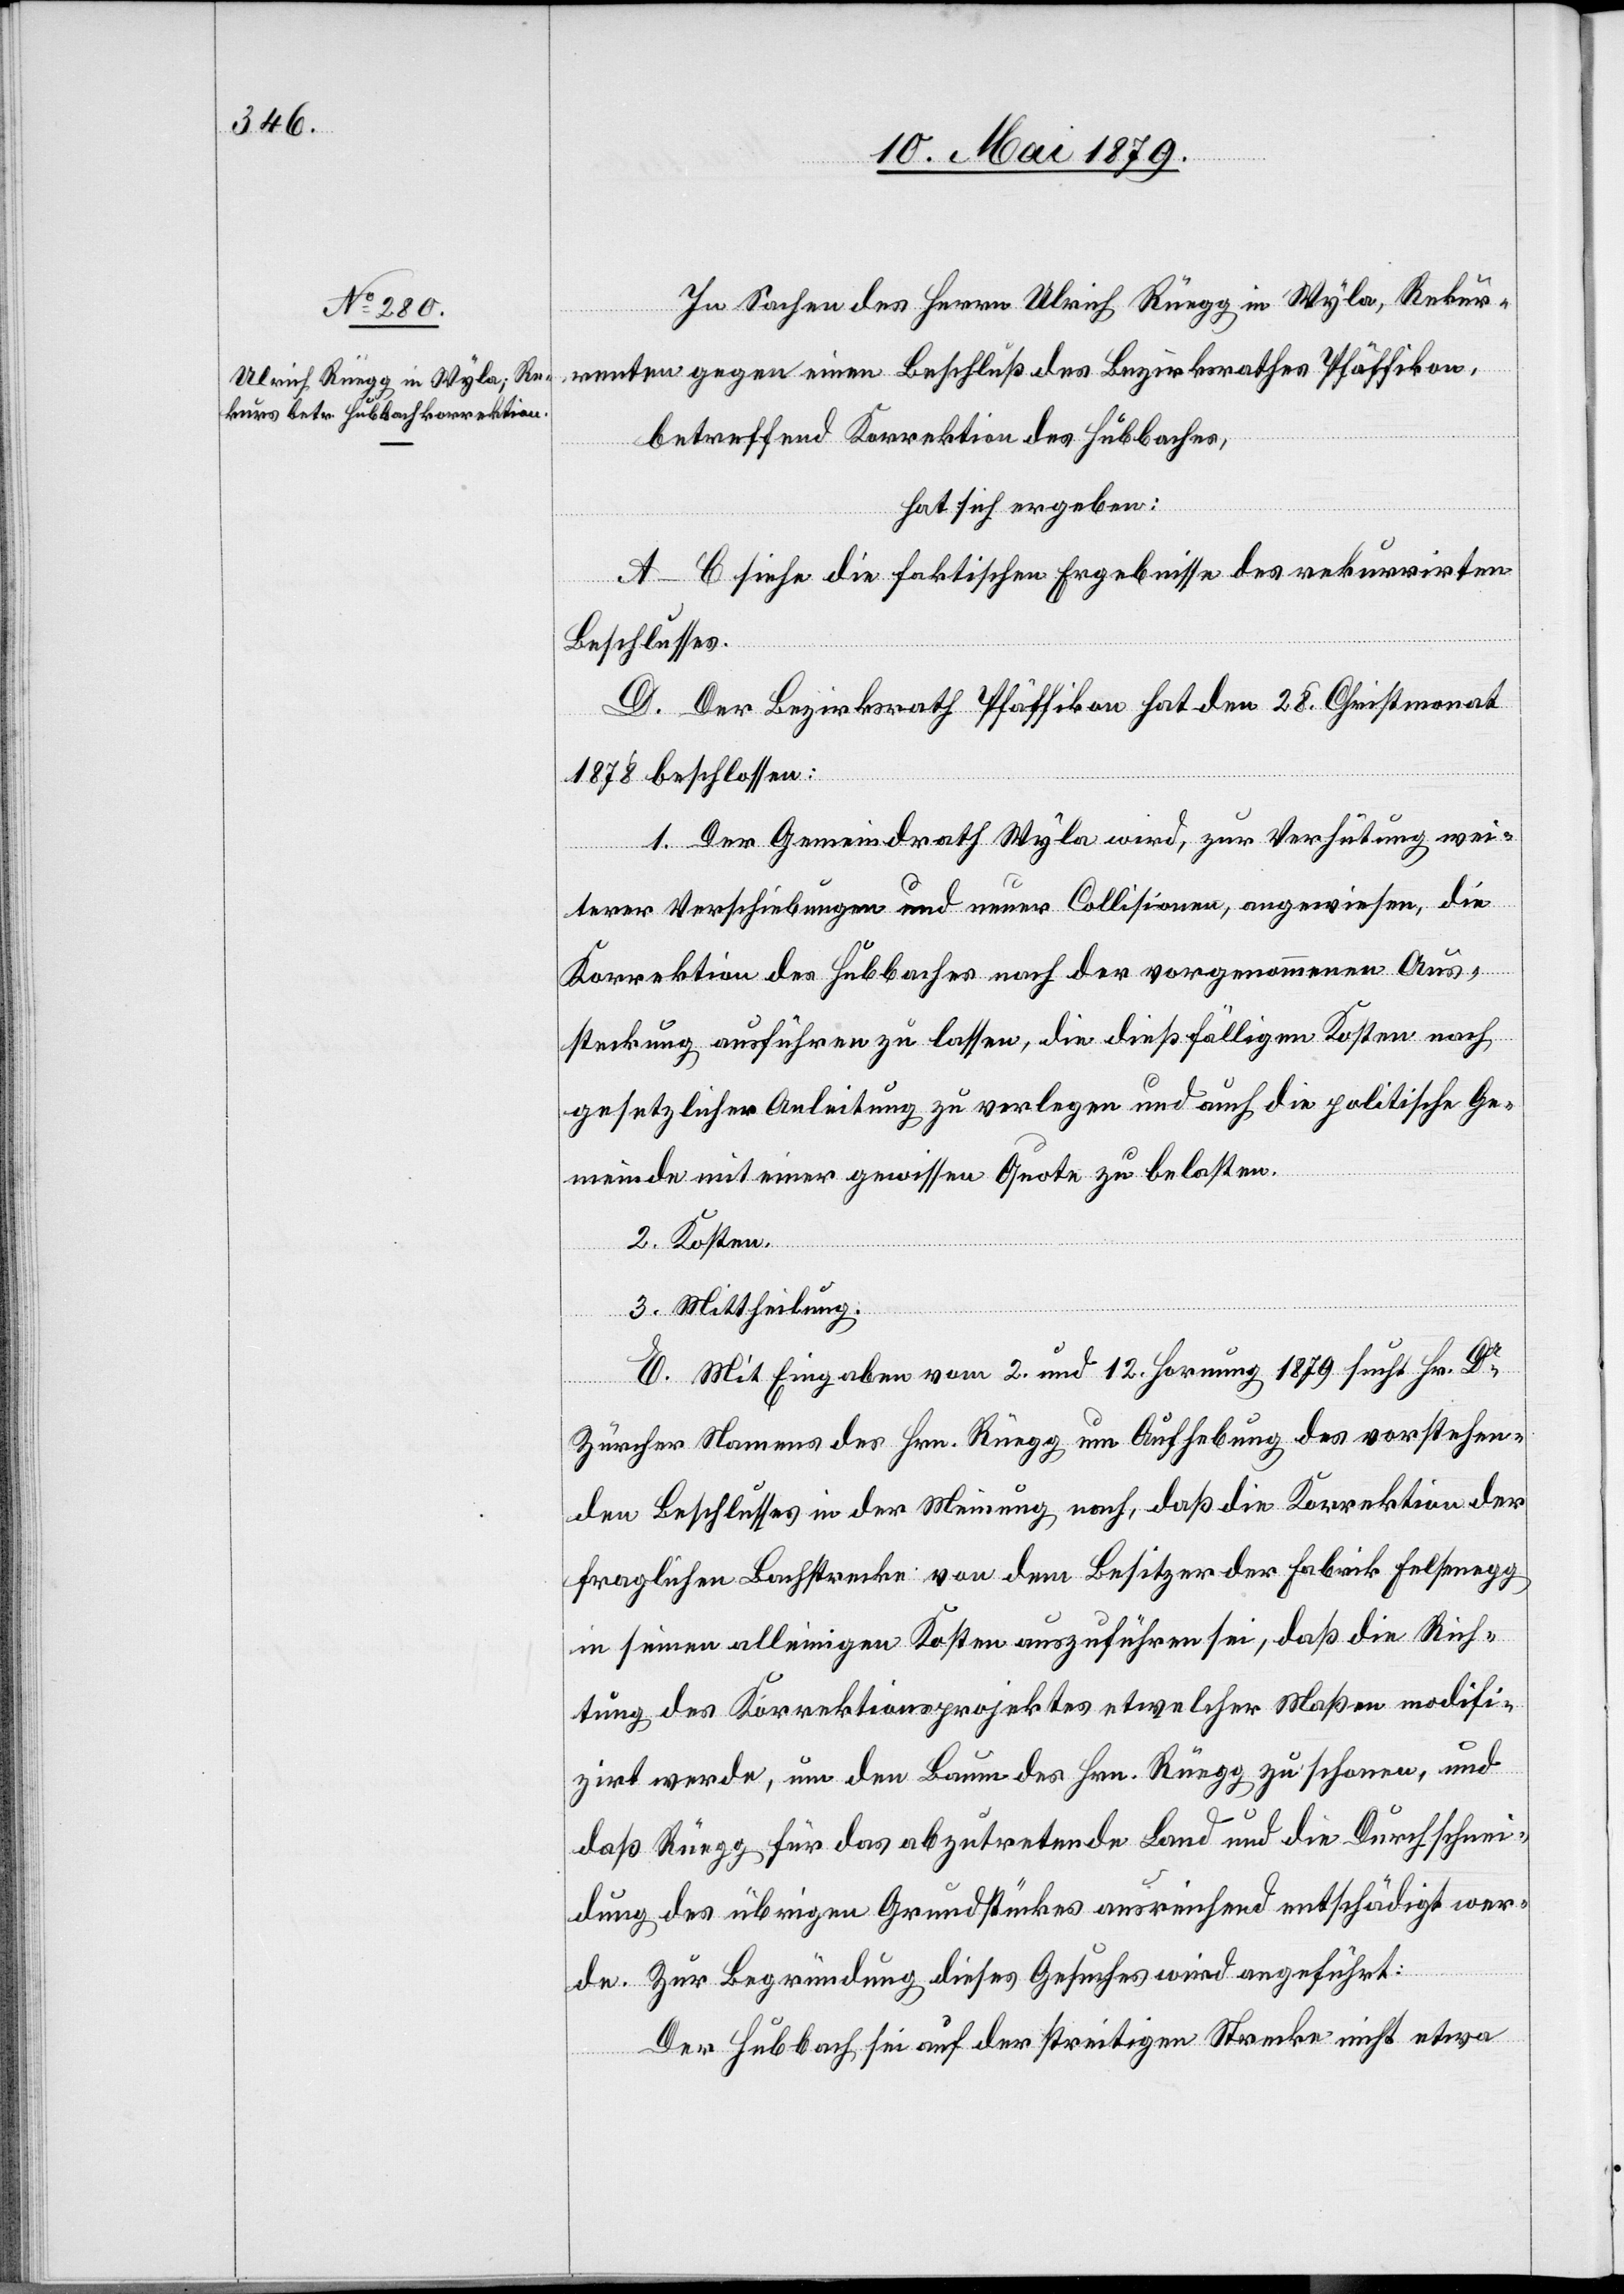
In Sachen des Herrn Ulrich Rüegg in Wyla, Rekur¬
renten gegen einen Beschluß des Bezirksrathes Pfäffikon,
betreffend Korrektion des Hubbaches,
hat sich ergeben:
A–C siehe die faktischen Ergebnisse des rekurrirten
Beschlusses.
D. Der Bezirksrath Pfäffikon hat den 28. Christmonat
de.
1878 beschlossen:
1. Der Gemeindrath Wyla wird, zur Verhütung wei¬
terer Verschiebungen und neuer Collisionen, angewiesen, die
Korrektion des Hubbaches nach der vorgenommenen Aus¬
steckung ausführen zu lassen, die dießfälligen Kosten nach
gesetzlicher Anleitung zu verlegen und auch die politische Ge¬
meinde mit einer gewissen Quote zu belasten.
2. Kosten.
3. Mittheilung .
E. Mit Eingaben vom 2. und 12. Hornung 1879 sucht Hr. Dr
Zürcher Namens des Hrn. Rüegg um Aufhebung des vorstehen¬
den Beschlusses in der Meinung nach, daß die Korrektion der
fraglichen Bachstrecke von dem Besitzer der Fabrik Felsenegg
in seinen alleinigen Kosten auszuführen sei, daß die Rich¬
tung des Korrektionsprojektes etwelcher Maßen modifi¬
zirt werde, um den Baum des Hrn. Rüegg zu schonen, und
daß Rüegg für das abzutretende Land und die Durchschnei¬
dung des übrigen Grundstückes ausreichend entschädigt wer¬
Zur Begründung dieses Gesuches wird angeführt:
Der Hubbach sei auf der streitigen Strecke nicht etwa